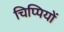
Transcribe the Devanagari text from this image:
चिप्पियों